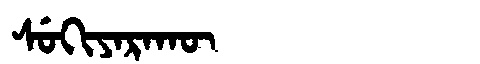
Manchu: ᠰᡠᡴᡳᠶᠠᡵᠠᡴᡡ
Romanization: SUKIYARAKŪ